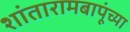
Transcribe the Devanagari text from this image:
शांतारामबापूंच्या